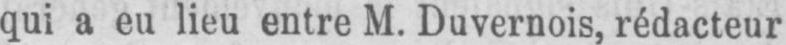
qui a eu lieu entre M. Duvernois, rédacteur